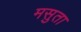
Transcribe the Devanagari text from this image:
मसुता